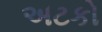
અટકો